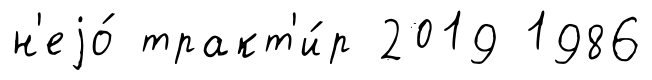
н'еjо́ тракт'и́р 2019 1986